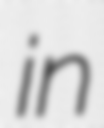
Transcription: in